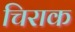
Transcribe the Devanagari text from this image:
चिराक